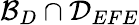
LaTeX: \mathcal{B}_{D}\cap\mathcal{D}_{EFE}